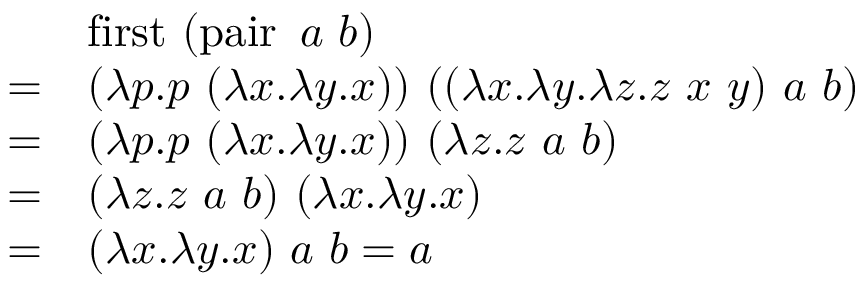
{ \begin{array} { r l } & { \operatorname { f i r s t } \ ( \operatorname { p a i r } \ a \ b ) } \\ { = } & { ( \lambda p . p \ ( \lambda x . \lambda y . x ) ) \ ( ( \lambda x . \lambda y . \lambda z . z \ x \ y ) \ a \ b ) } \\ { = } & { ( \lambda p . p \ ( \lambda x . \lambda y . x ) ) \ ( \lambda z . z \ a \ b ) } \\ { = } & { ( \lambda z . z \ a \ b ) \ ( \lambda x . \lambda y . x ) } \\ { = } & { ( \lambda x . \lambda y . x ) \ a \ b = a } \end{array} }